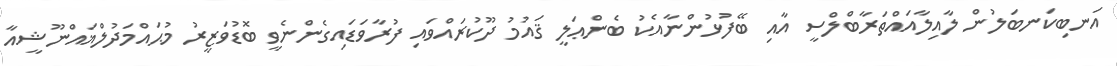
އަނބިކަނބަލުން ލާއިލާއައްތަރާބްލްސީ އާއި ބޭފުޅުންނާއެކު ބެންޢަލީ ޤައުމު ދޫކުރައްވައި ފުރާވަޑައިގެންނެވީ ބޮޑުވަޒީރު މުޙައްމަދުލްޣައްނޫޝީއާ